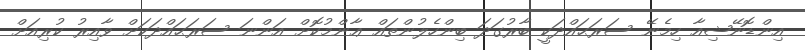
އިންޑޮނޭޝިއާ ހިމެނޭ ސަރަޙައްދަކީ ބާރުގަދަ ބިންހެލުންތައް ޢާންމުކޮށް އަންނަ ސަރަޙައްދަކަށް ވާއިރު ކުރިއަށް